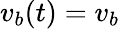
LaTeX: v_{b}(t)=v_{b}